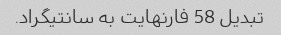
تبدیل 58 فارنهایت به سانتیگراد.